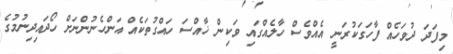
މިފަދަ ދުވަހެއް ފާހަގަކުރަނީ އެއްވެސް ހާލެއްގައި ވަކިން ޚާއްސަ ހައްގުތަކެއް އަންހެނުންނަށް ހޯދައިދިނުމުގެ